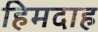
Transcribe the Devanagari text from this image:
हिमदाह